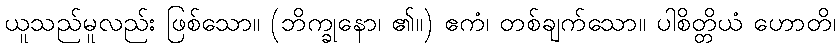
ယူသည်မူလည်း ဖြစ်သော။ (ဘိက္ခုနော၊ ၏။) ဧကံ၊ တစ်ချက်သော။ ပါစိတ္တိယံ ဟောတိ၊